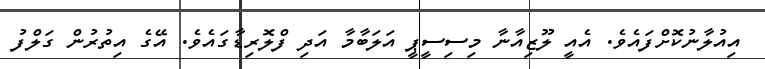
އިއުލާނުކޮށްފައެވެ. އެއީ ލޫޒިއާނާ މިސިސީޕީ އަލަބާމާ އަދި ފްލޮރިޑާގައެވެ. އޭގެ އިތުރުން ގަލްފު